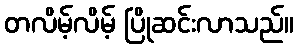
တလိမ့်လိမ့် ပြိုဆင်းလာသည်။